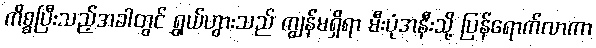
ကိစ္စပြီးသည့်အခါတွင် ရွှယ်ဟွားသည် ကျွန်မရှိရာ မီးပုံအနီးသို့ ပြန်ရောက်လာကာ